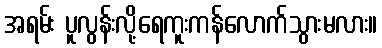
အရမ်း ပူလွန်းလို့ရေကူးကန်လောက်သွားမလား။